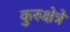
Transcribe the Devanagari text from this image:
कुरुक्षेत्रे